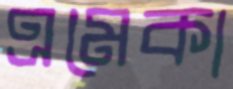
এমেকা